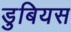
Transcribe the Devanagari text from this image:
डुबियस